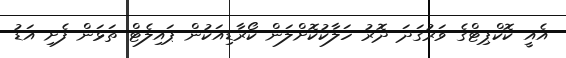
އެއީ ކޮކްޕިޓްގެ ވަރުގަދަ ދޮރު ހަލާކުކޮށްލަން ކޯރާޑިއަކުން ޕައިލެޓް ތަޅަން ފެށި އަޑު